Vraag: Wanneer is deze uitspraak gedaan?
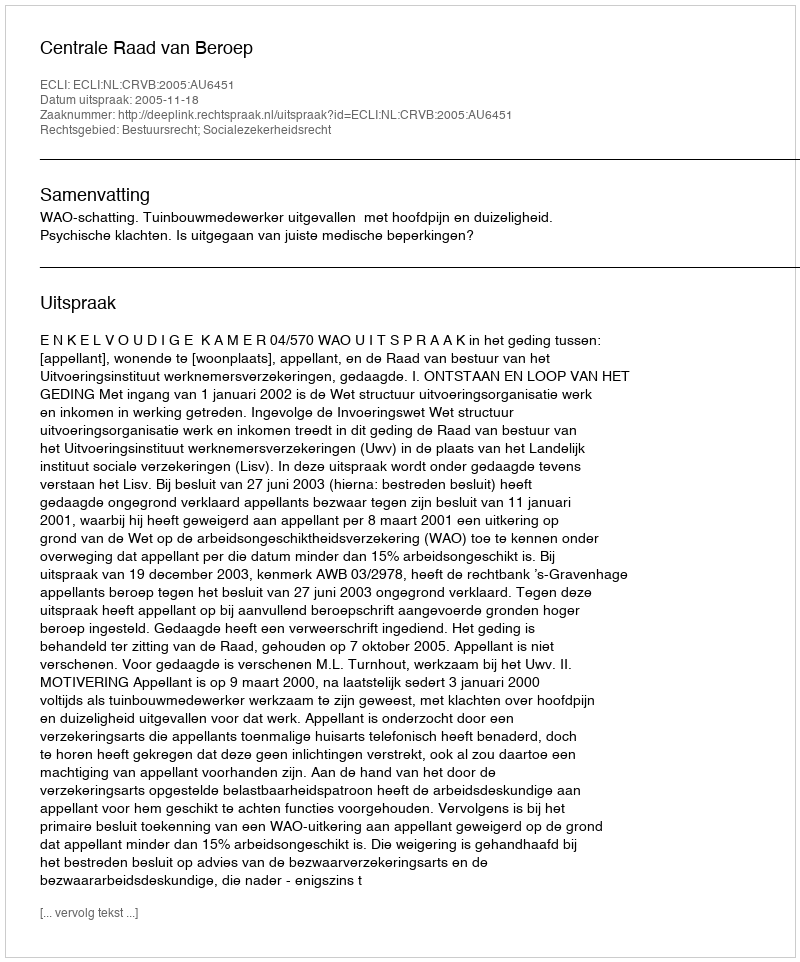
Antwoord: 2005-11-18